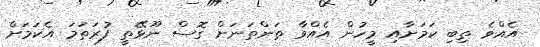
އެއްވެ ތިބި ކަމަށާއި މީހުން އެއްވާ ތަންތަނަށް ގޮސް ނޫޅޭތީ ފުރަތަމަ އެކަމަށް